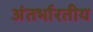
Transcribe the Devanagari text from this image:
अंतर्भारतीय